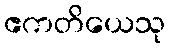
ဧကတိယေသု